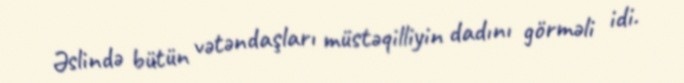
Əslində bütün vətəndaşları müstəqilliyin dadını görməli idi.